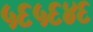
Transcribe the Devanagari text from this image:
५६५६४६